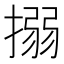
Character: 搦